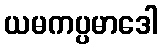
ယမကပ္ပမာဒေါ